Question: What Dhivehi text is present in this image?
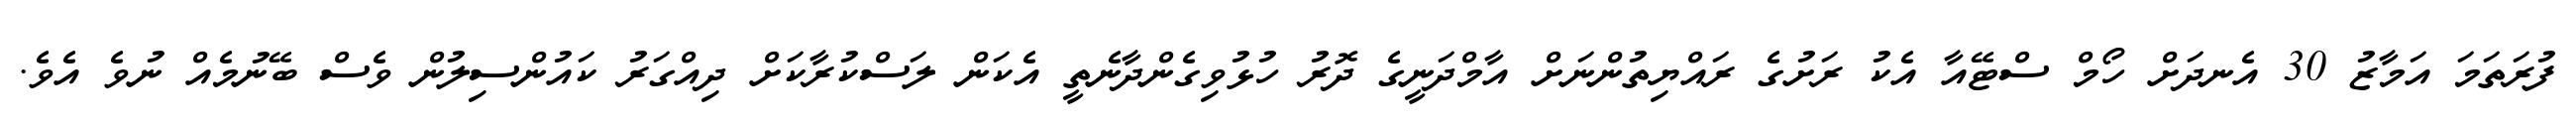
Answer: ފުރަތަމަ އަމާޒު 30 އެނދަށް ހޯމް ސްޓޭއާ އެކު ރަށުގެ ރައްޔިތުންނަށް އާމްދަނީގެ ދޮރު ހުޅުވިގެންދާނެތީ އެކަން ލަސްކުރާކަށް ދިއްގަރު ކައުންސިލުން ވެސް ބޭނުމެއް ނުވެ އެވެ.